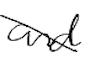
Text: and
Cross-out: diagonal
Writing tool: digital_black